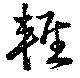
軽